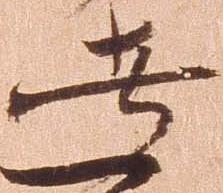
者